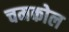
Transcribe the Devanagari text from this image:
चमकोल